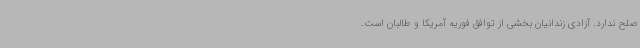
صلح ندارد. آزادی زندانیان بخشی از توافق فوریه آمریکا و طالبان است.